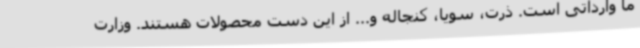
ما وارداتی است. ذرت، سویا، کنجاله و... از این دست محصولات هستند. وزارت